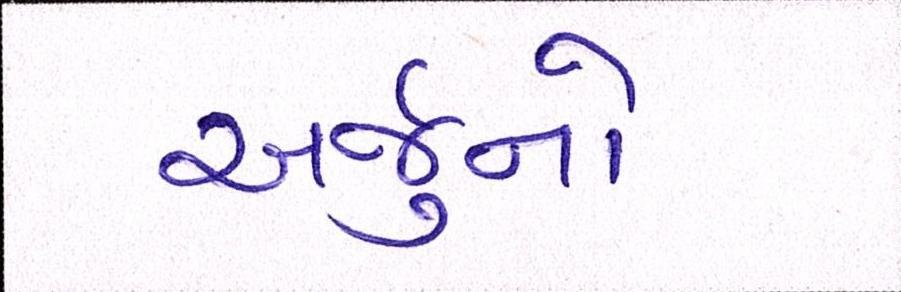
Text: અર્જુનો